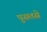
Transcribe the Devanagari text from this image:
पुसतसे